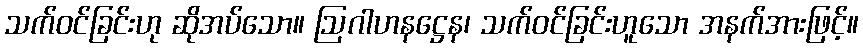
သက်ဝင်ခြင်းဟု ဆိုအပ်သော။ ဩဂါဟနဋ္ဌေန၊ သက်ဝင်ခြင်းဟူသော အနက်အားဖြင့်။